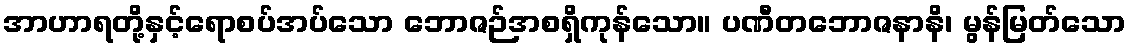
အာဟာရတို့နှင့်ရောစပ်အပ်သော ဘောဇဉ်အစရှိကုန်သော။ ပဏီတဘောဇနာနိ၊ မွန်မြတ်သော